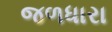
જળધારા